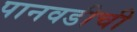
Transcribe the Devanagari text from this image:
पानवडीची